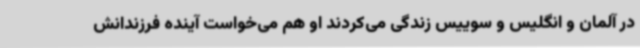
در آلمان و انگلیس و سوییس زندگی می‌کردند او هم می‌خواست آینده فرزندانش